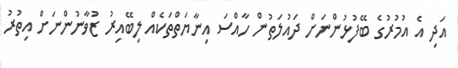
އަދި އެ އުމުރުގެ ބޭފުޅުންނަށް ދައުލަތުން ހާއްސަ އިނާޔަތްތަކެއް ލިބޭއިރު ޒުވާނުންނަށް އިތުރު